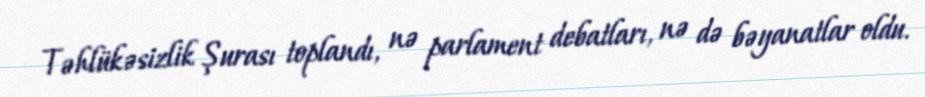
Təhlükəsizlik Şurası toplandı, nə parlament debatları, nə də bəyanatlar oldu.